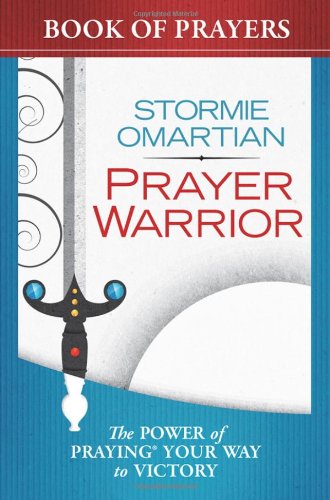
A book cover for Prayer Warrior Book of Prayers: The Power of PrayingÂ® Your Way to Victory; Stormie Omartian; Mystery, Thriller & Suspense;